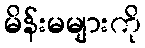
မိန်းမများကို